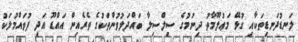
ލަނޑުދަނޑިތަކާއި ގުޅޭ މަޢުލޫމާތު ދިނުމުގެ ސިލްސިލާ ބައްދަލުވުންތަކުގެ ތެރެއިން އައްޑޫ އަދި ފުވައްމުލަކު